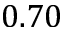
0 . 7 0